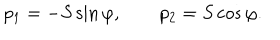
p _ { 1 } = - S \sin \varphi , \qquad p _ { 2 } = S \cos \varphi .